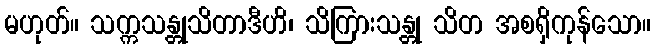
မဟုတ်။ သက္ကသန္တုသိတာဒီဟိ၊ သိကြားသန္တု သိတ အစရှိကုန်သော။